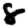
Digit: 8